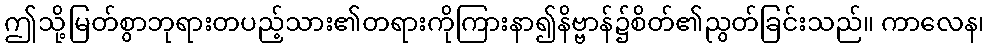
ဤသို့မြတ်စွာဘုရားတပည့်သား၏တရားကိုကြားနာ၍နိဗ္ဗာန်၌စိတ်၏ညွတ်ခြင်းသည်။ ကာလေန၊